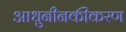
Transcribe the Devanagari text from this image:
आधुनीनकीकरण